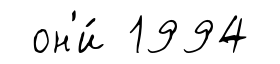
он'и́ 1994